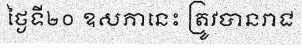
ថ្ងៃទី២០ ឧសភានេះ ត្រូវបានរាជ